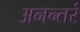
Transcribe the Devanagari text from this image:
अनन्तरं